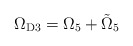
\begin{align*}\Omega_{\rm D3} = \Omega_5 + \tilde \Omega_5\end{align*}